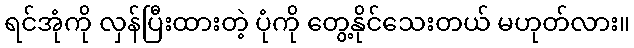
ရင်အုံကို လှန်ပြီးထားတဲ့ ပုံကို တွေ့နိုင်သေးတယ် မဟုတ်လား။